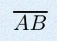
\overline{AB}